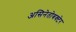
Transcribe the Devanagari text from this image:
असिनेतोबक्टेर